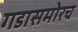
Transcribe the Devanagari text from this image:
गडासमोरच